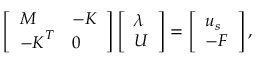
\begin{array} { r } { \left[ \begin{array} { l l } { \boldsymbol { M } } & { - \boldsymbol { K } } \\ { - \boldsymbol { K } ^ { T } } & { \boldsymbol { 0 } } \end{array} \right] \left[ \begin{array} { l } { \boldsymbol { \lambda } } \\ { \boldsymbol { U } } \end{array} \right] = \left[ \begin{array} { l } { \boldsymbol { u } _ { s } } \\ { - \boldsymbol { F } } \end{array} \right] , } \end{array}